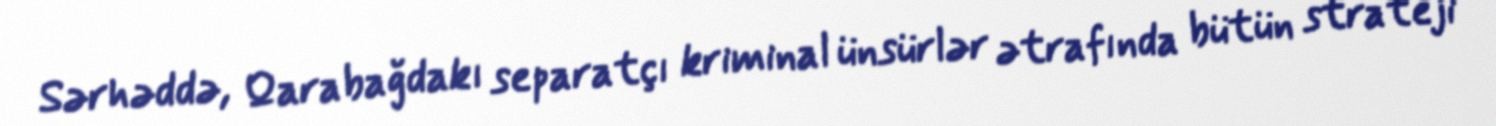
Sərhəddə, Qarabağdakı separatçı kriminal ünsürlər ətrafında bütün strateji